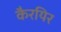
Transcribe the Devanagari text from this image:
कैरयिर